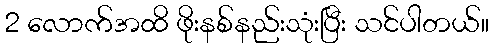
2 လောက်အထိ ဖိုးနစ်နည်းသုံးပြီး သင်ပါတယ်။